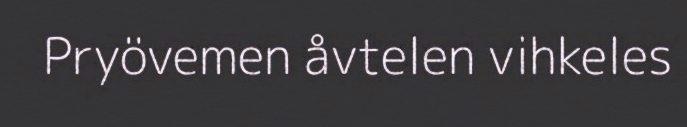
Pryövemen åvtelen vihkeles